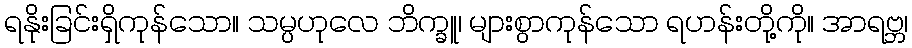
ရနိုးခြင်းရှိကုန်သော။ သမ္ပဟုလေ ဘိက္ခူ၊ များစွာကုန်သော ရဟန်းတို့ကို။ အာရဗ္ဘ၊